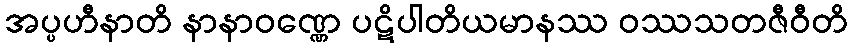
အပ္ပဟီနာတိ နာနာဝဏ္ဏေ ပဋိပါတိယမာနဿ ဝဿသတဇီဝီတိ